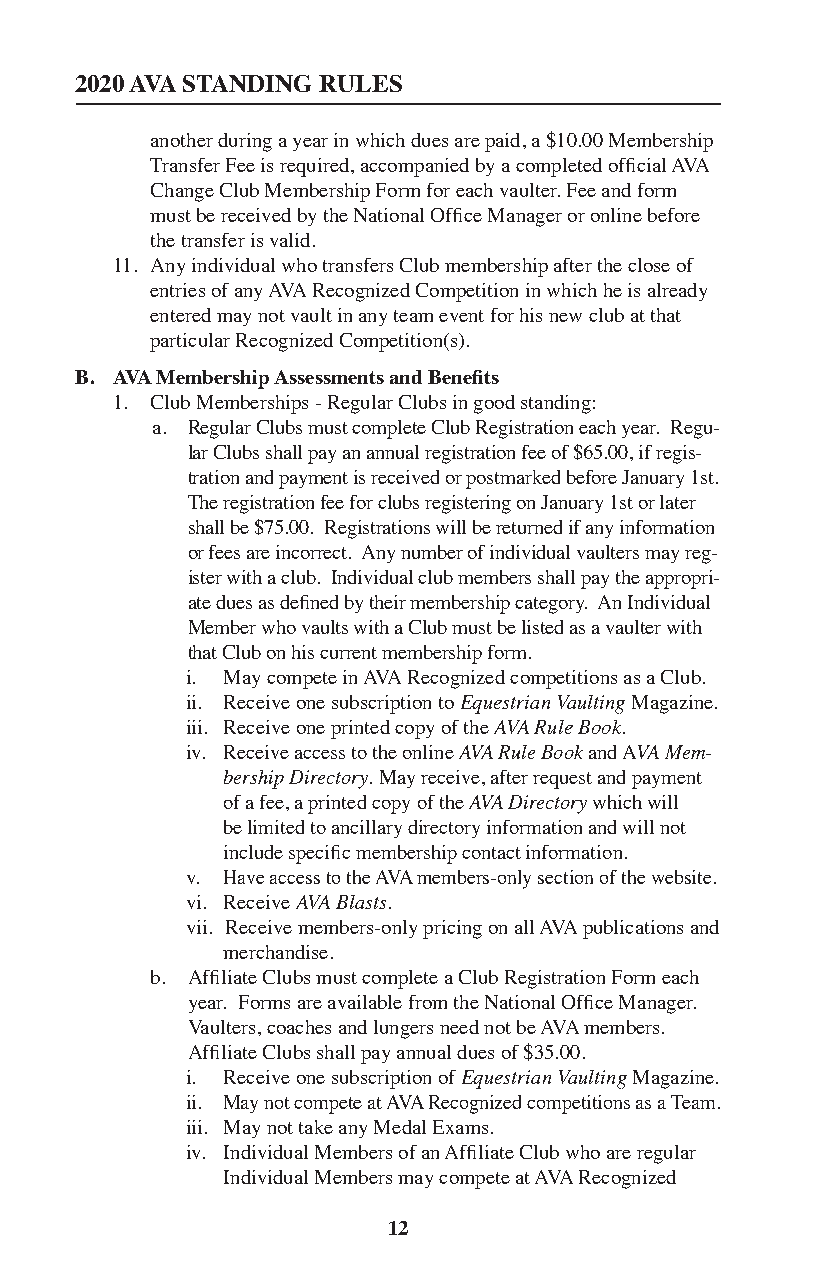
2020 AVA STANDING RULES
 another during a year in which dues are paid, a $10.00 Membership
 Transfer Fee is required, accompanied by a completed official AVA
 Change Club Membership Form for each vaulter. Fee and form
 must be received by the National Office Manager or online before
 the transfer is valid.
 11. Any individual who transfers Club membership after the close of
 entries of any AVA Recognized Competition in which he is already
 entered may not vault in any team event for his new club at that
 particular Recognized Competition(s).
 B. AVA Membership Assessments and Benefits
 1. Club Memberships - Regular Clubs in good standing:
 a. Regular Clubs must complete Club Registration each year. Regu-
 lar Clubs shall pay an annual registration fee of $65.00, if regis-
 tration and payment is received or postmarked before January 1st.
 The registration fee for clubs registering on January 1st or later
 shall be $75.00. Registrations will be returned if any information
 or fees are incorrect. Any number of individual vaulters may reg-
 ister with a club. Individual club members shall pay the appropri-
 ate dues as defined by their membership category. An Individual
 Member who vaults with a Club must be listed as a vaulter with
 that Club on his current membership form.
 i. May compete in AVA Recognized competitions as a Club.
 ii. Receive one subscription to Equestrian Vaulting Magazine.
 iii. Receive one printed copy of the AVA Rule Book.
 iv. Receive access to the online AVA Rule Book and AVA Mem-
 bership Directory. May receive, after request and payment
 of a fee, a printed copy of the AVA Directory which will
 be limited to ancillary directory information and will not
 include specific membership contact information.
 v. Have access to the AVA members-only section of the website.
 vi. Receive AVA Blasts.
 vii. Receive members-only pricing on all AVA publications and
 merchandise.
 b. Affiliate Clubs must complete a Club Registration Form each
 year. Forms are available from the National Office Manager.
 Vaulters, coaches and lungers need not be AVA members.
 Affiliate Clubs shall pay annual dues of $35.00.
 i. Receive one subscription of Equestrian Vaulting Magazine.
 ii. May not compete at AVA Recognized competitions as a Team.
 iii. May not take any Medal Exams.
 iv. Individual Members of an Affiliate Club who are regular
 Individual Members may compete at AVA Recognized
 12